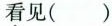
看见( )